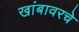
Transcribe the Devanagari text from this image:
खांबावरचे